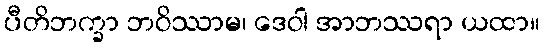
ပီတိဘက္ခာ ဘဝိဿာမ၊ ဒေဝါ အာဘဿရာ ယထာ။